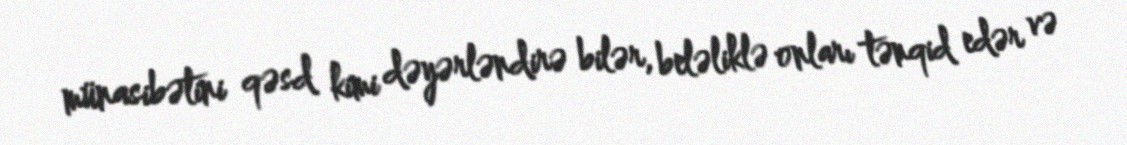
münasibətini qəsd kimi dəyərləndirə bilər, beləliklə onları tənqid edər və